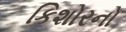
કિશોરનો